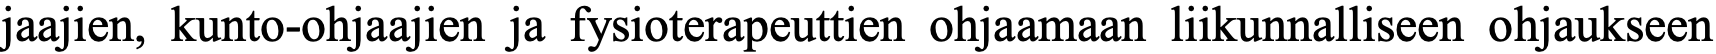
jaajien, kunto-ohjaajien ja fysioterapeuttien ohjaamaan liikunnalliseen ohjaukseen